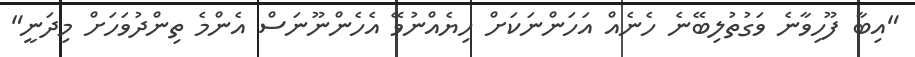
"އިބާ ފޫހިވާނެ ވަގުތުލިބޭނެ ހެނެއް އަހަންނަކަށް ހިޔެއްނުވޭ އެހެންނޫނަސް އެންމެ ތިންދުވަހަށް މިދަނީ"